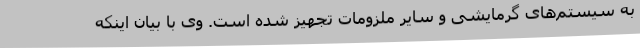
به سیستم‌های گرمایشی و سایر ملزومات تجهیز شده است. وی با بیان اینکه